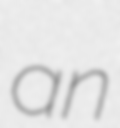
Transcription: an